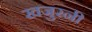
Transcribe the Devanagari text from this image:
खजुरनी